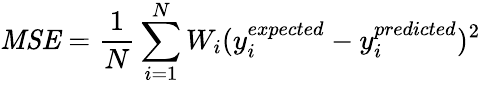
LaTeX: \mathit{MSE}=\frac{1}{N}\sum_{i=1}^{N}W_{i}(y_{i}^{expected}-y_{i}^{predicted})^{2}